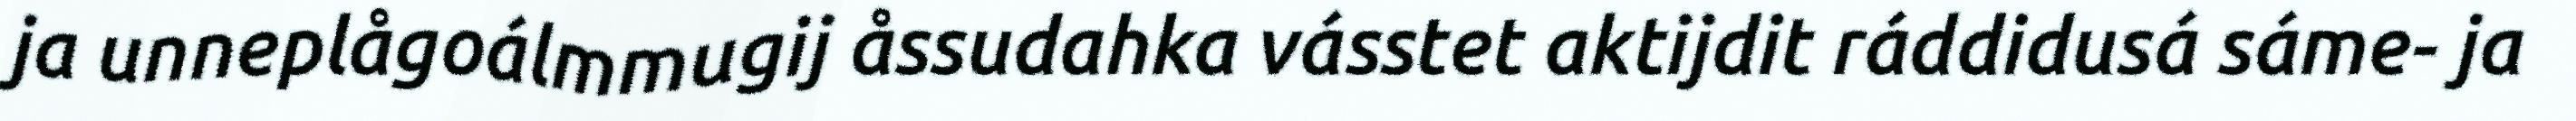
ja unneplågoálmmugij åssudahka vásstet aktijdit ráddidusá sáme- ja